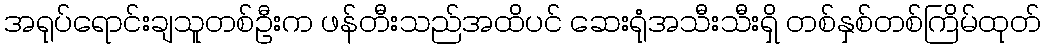
အရုပ်ရောင်းချသူတစ်ဦးက ဖန်တီးသည်အထိပင် ဆေးရုံအသီးသီးရှိ တစ်နှစ်တစ်ကြိမ်ထုတ်